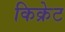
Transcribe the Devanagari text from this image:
किक्रेट